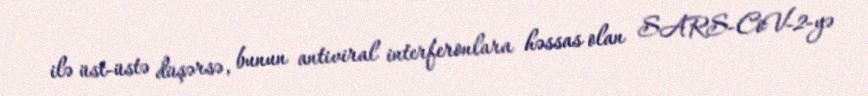
ilə üst-üstə düşərsə, bunun antiviral interferonlara həssas olan SARS-CoV-2-yə